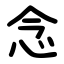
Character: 念